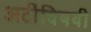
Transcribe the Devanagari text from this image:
अटींविषयी